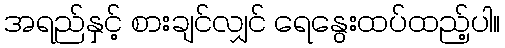
အရည်နှင့် စားချင်လျှင် ရေနွေးထပ်ထည့်ပါ။